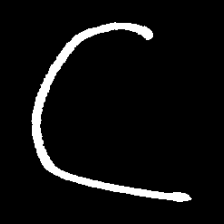
Pyu character \u2014 Myanmar letter: ဋ (romanized: tta)